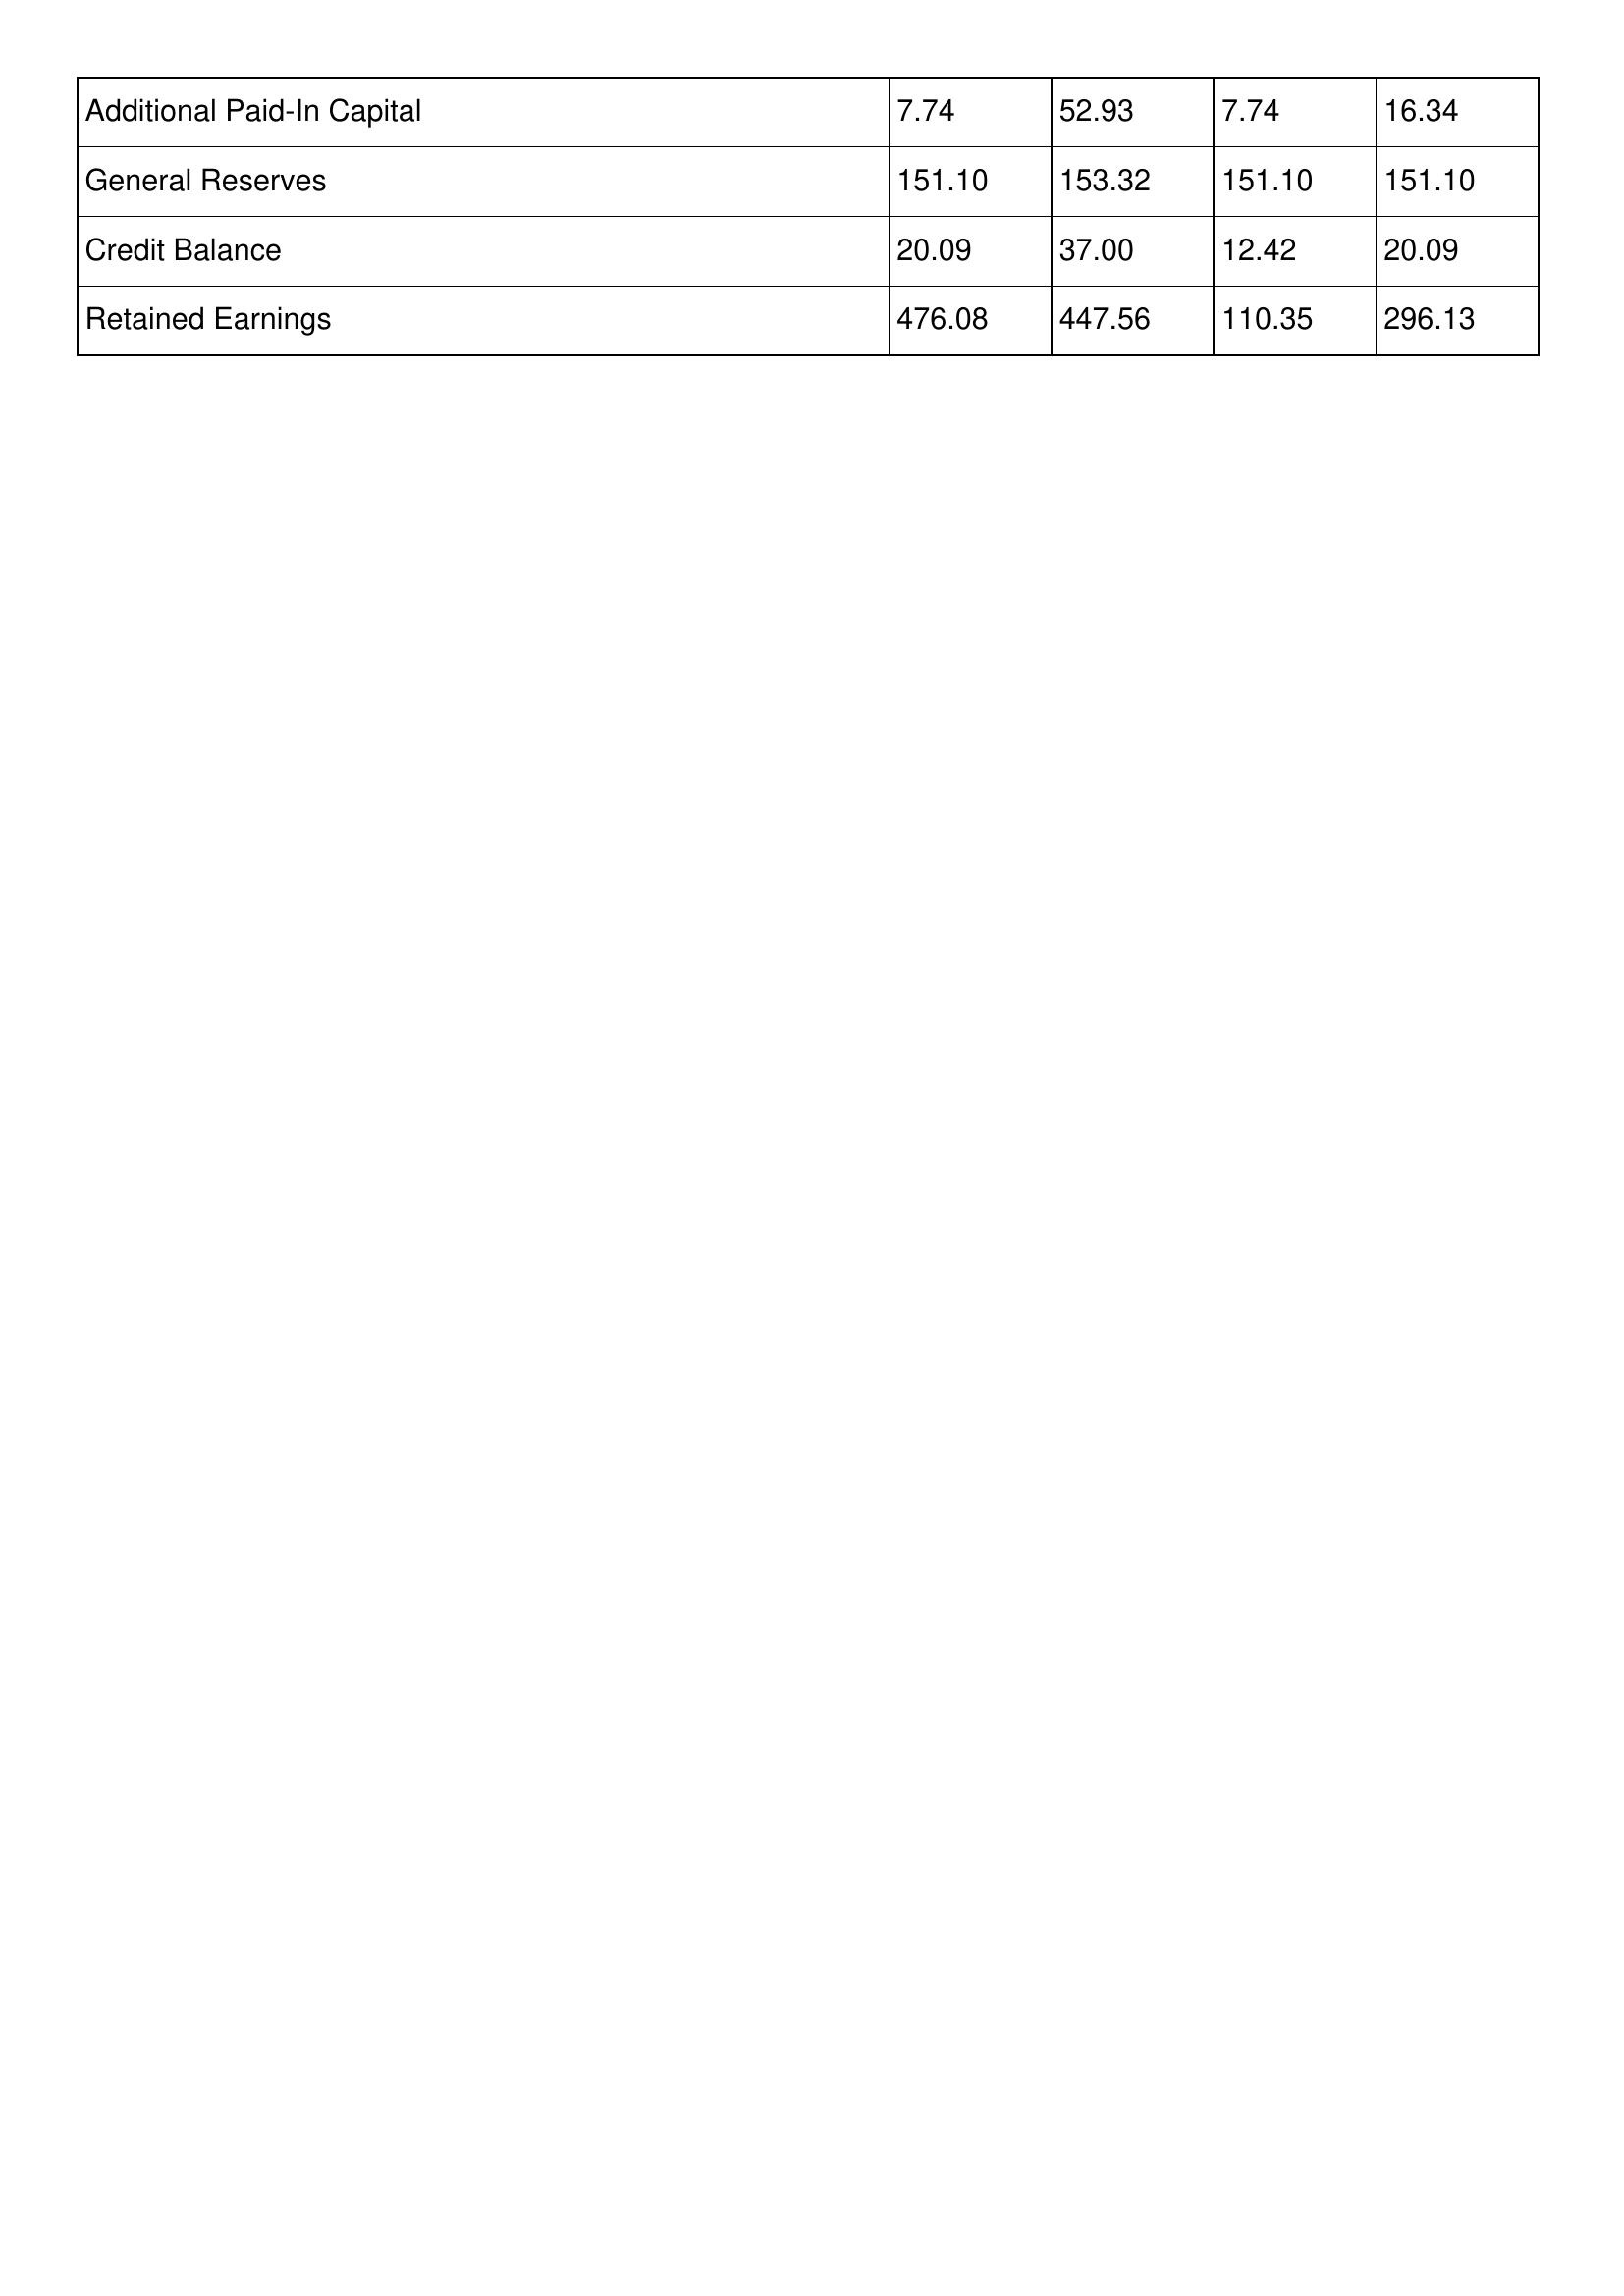
gt_parse: 1999: Additional Paid-In Capital: 7.74
General Reserves: 151.10
Credit Balance: 20.09
Retained Earnings: 476.08
1998: Additional Paid-In Capital: 52.93
General Reserves: 153.32
Credit Balance: 37.00
Retained Earnings: 447.56
1997: Additional Paid-In Capital: 7.74
General Reserves: 151.10
Credit Balance: 12.42
Retained Earnings: 110.35
1996: Additional Paid-In Capital: 16.34
General Reserves: 151.10
Credit Balance: 20.09
Retained Earnings: 296.13